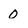
Character: 0